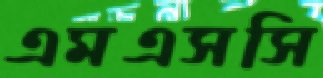
এমএসসি